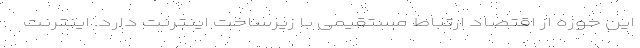
این حوزه از اقتصاد ارتباط مستقیمی با زیرساخت اینترنت دارد. اینترنت